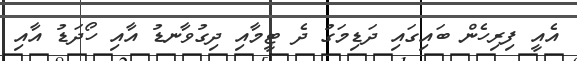
އެއީ ފިރިހެން ބައިގައި ދަޑިމަގު ދެ ޓީމާއި ދިގުވާނޑު އާއި ހޯދަޑު އާއި